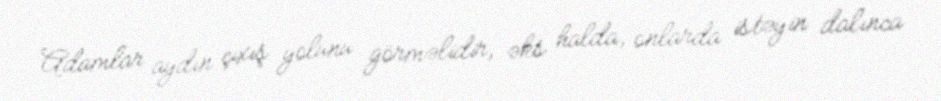
Adamlar aydın çıxış yolunu görməlidir, əks halda, onlarda istəyin dalınca